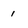
Character: 1